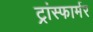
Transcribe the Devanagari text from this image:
ट्रांस्फार्मर